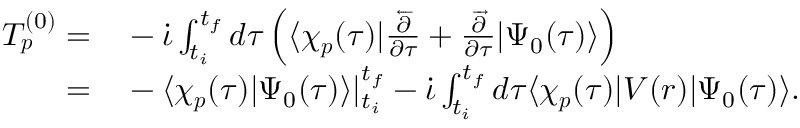
\begin{array} { r l } { T _ { \boldsymbol { p } } ^ { ( 0 ) } = } & { { } - \dot { \iota } \int _ { t _ { i } } ^ { t _ { f } } d \tau \left( \langle \chi _ { \boldsymbol { p } } ( \tau ) | \frac { \overleftarrow { \partial } } { \partial \tau } + \frac { \overrightarrow { \partial } } { \partial \tau } | \Psi _ { 0 } ( \tau ) \rangle \right) } \\ { = } & { { } - \langle \chi _ { \boldsymbol { p } } ( \tau ) | \Psi _ { 0 } ( \tau ) \rangle | _ { t _ { i } } ^ { t _ { f } } - \dot { \iota } \int _ { t _ { i } } ^ { t _ { f } } d \tau \langle \chi _ { \boldsymbol { p } } ( \tau ) | V ( \boldsymbol { r } ) | \Psi _ { 0 } ( \tau ) \rangle . } \end{array}